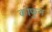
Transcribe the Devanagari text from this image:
कोफुन